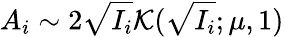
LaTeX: A_{i}\sim 2\sqrt{I_{i}}\mathcal{K}(\sqrt{I_{i}};\mu,1)